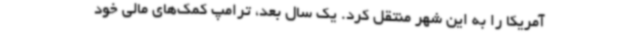
آمریکا را به این شهر منتقل کرد. یک سال بعد، ترامپ کمک‌های مالی خود